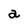
Character: a